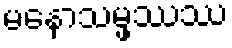
မနောသမ္ဖဿဿ